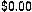
$0.00